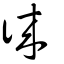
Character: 徠